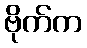
ဗိုက်က